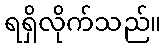
ရရှိလိုက်သည်။